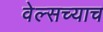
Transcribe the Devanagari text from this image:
वेल्सच्याच